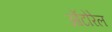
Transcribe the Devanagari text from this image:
ऑटोरेल